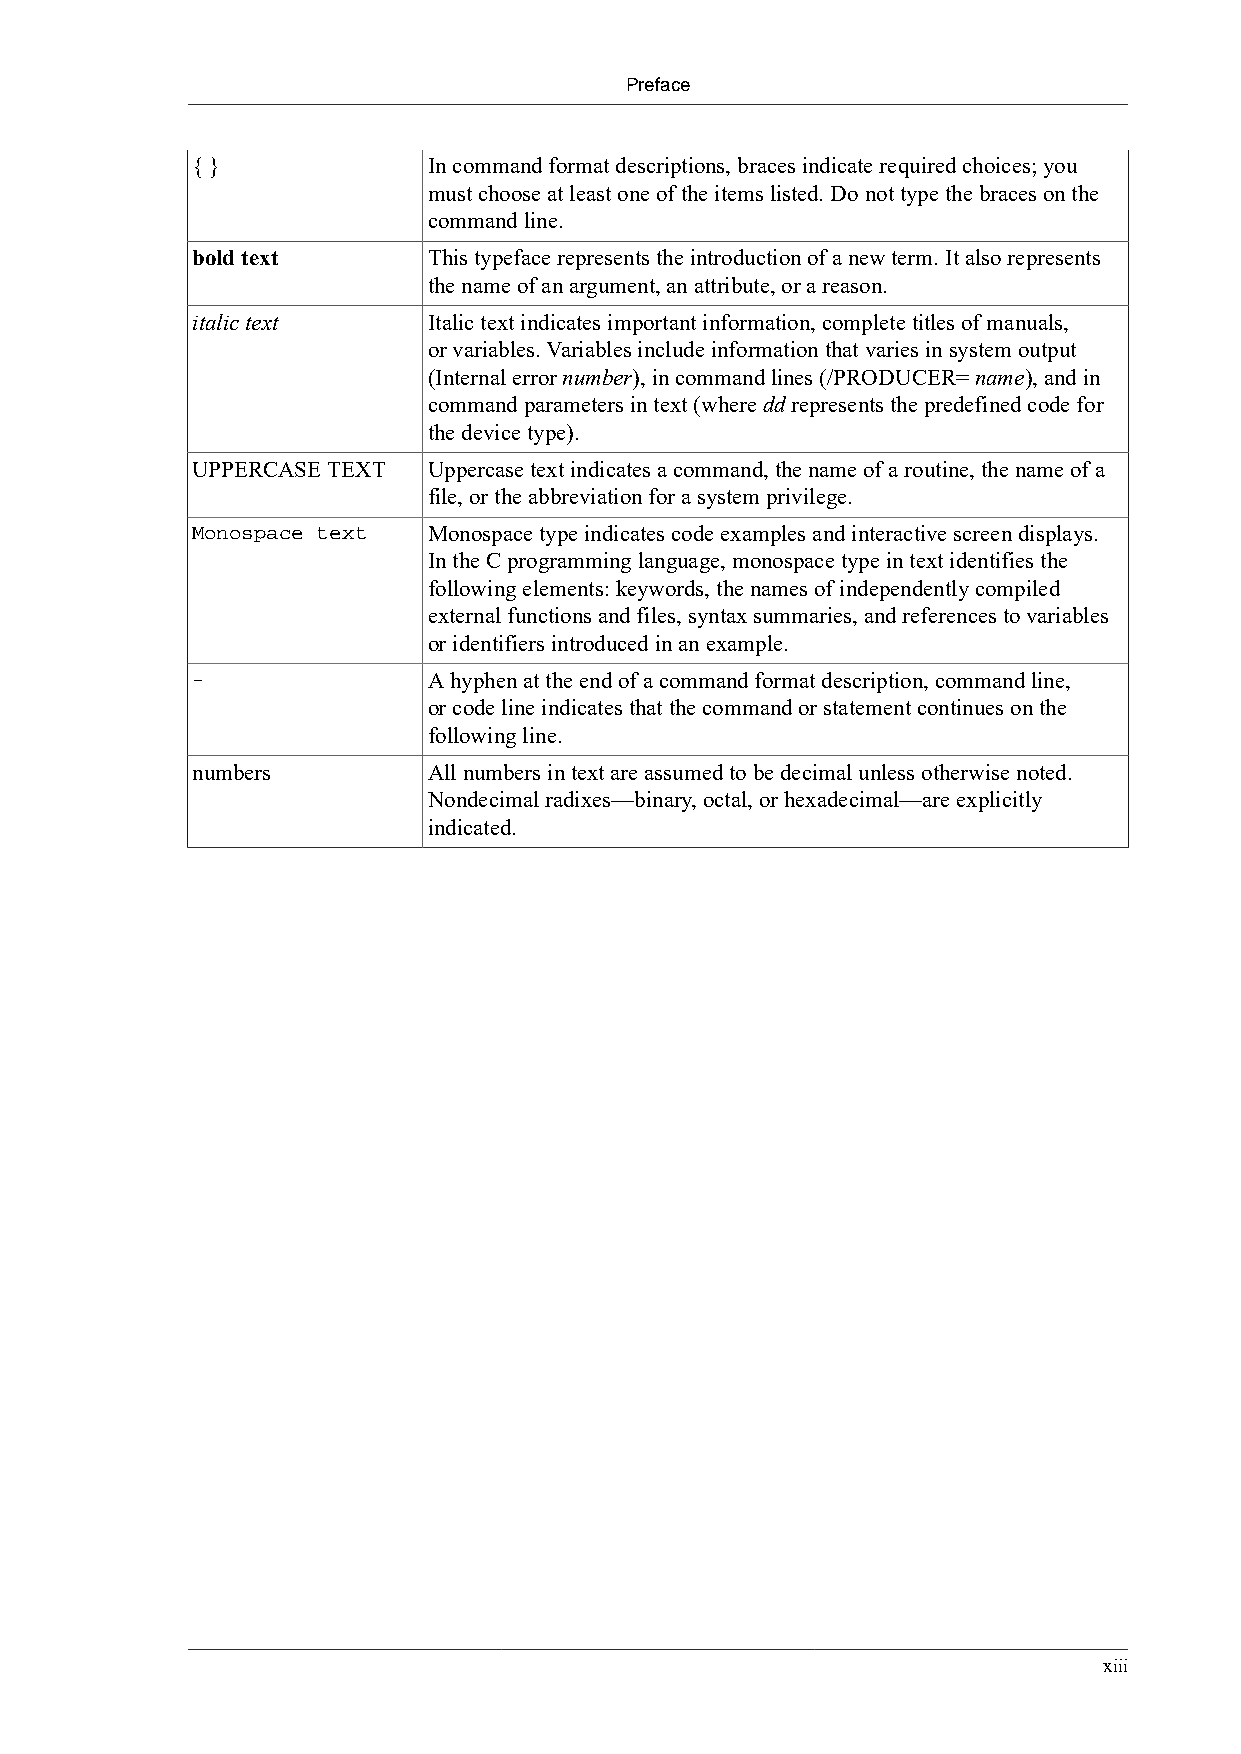
Preface
 { }            In command format descriptions, braces indicate required choices; you
 must choose at least one of the items listed. Do not type the braces on the
 command line.
 bold text      This typeface represents the introduction of a new term. It also represents
 the name of an argument, an attribute, or a reason.
 italic text    Italic text indicates important information, complete titles of manuals,
 or variables. Variables include information that varies in system output
 (Internal error number), in command lines (/PRODUCER= name), and in
 command parameters in text (where dd represents the predefined code for
 the device type).
 UPPERCASE TEXT Uppercase text indicates a command, the name of a routine, the name of a
 file, or the abbreviation for a system privilege.
 Monospace text Monospace type indicates code examples and interactive screen displays.
 In the C programming language, monospace type in text identifies the
 following elements: keywords, the names of independently compiled
 external functions and files, syntax summaries, and references to variables
 or identifiers introduced in an example.
 -              A hyphen at the end of a command format description, command line,
 or code line indicates that the command or statement continues on the
 following line.
 numbers        All numbers in text are assumed to be decimal unless otherwise noted.
 Nondecimal radixes—binary, octal, or hexadecimal—are explicitly
 indicated.
 xiii